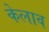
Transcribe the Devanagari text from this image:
केलाव